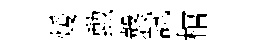
煖勲慤試棺